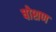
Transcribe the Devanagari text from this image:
षोशण